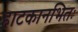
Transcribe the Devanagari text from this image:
हाटकानभितः